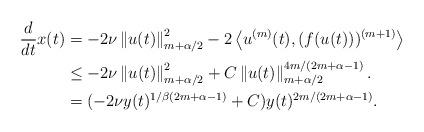
LaTeX: \begin{align*} \frac{d}{dt} x(t) & = - 2 \nu \left\|u(t)\right\|_{m+\alpha/2}^2-2\left\langle u^{(m)}(t), (f(u(t)))^{(m+1)}\right\rangle\\ \indent& \leq - 2 \nu \left\|u(t)\right\|_{m+\alpha/2}^2 + C \left\| u(t) \right\|_{m+\alpha/2}^{4m/(2m+\alpha-1)}.\\ \indent& = (- 2 \nu y(t)^{1/\beta(2m+\alpha-1)}+C) y(t)^{2m/(2m+\alpha-1)}.\end{align*}